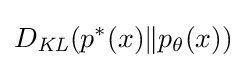
D_{\mathit {KL}}(p^{*}(x)\|p_{\theta }(x))